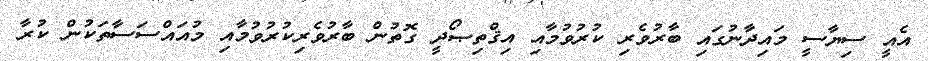
އެއީ ސިޔާސީ މައިދާނުގައި ބާރުވެރި ކުރުވުމާއި އިޤްތިޞޯދީ ގޮތުން ބާރުވެރިކުރުވުމާއި މުއައްސަސާތަކުން ކުރާ